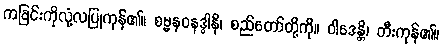
ကခြင်းကိုလုံ့လပြုကုန်၏။ စမ္မနဝနဒ္ဓါနိ၊ စည်တော်တို့ကို။ ဝါဒေန္တိ၊ တီးကုန်၏။